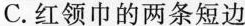
C.红领巾的两条短边